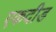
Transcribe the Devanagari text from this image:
एकदीड